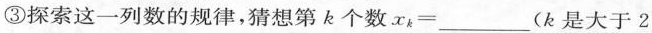
③探索这一列数的规律，猜想第k个数。x_{k}=___(k是大于2